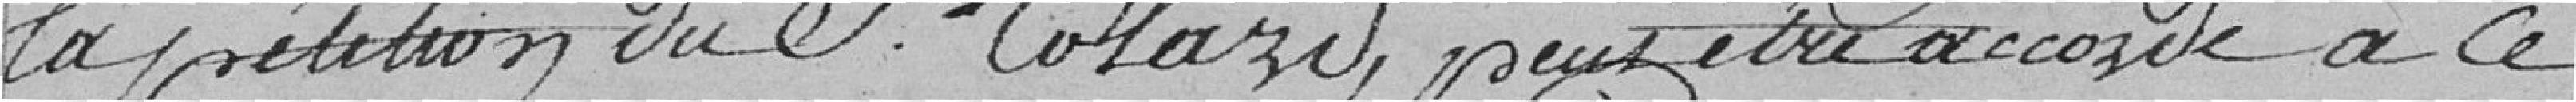
la pétition du S.Colard, il peut etre accordé à ce